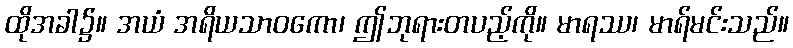
ထိုအခါ၌။ အယံ အရိယသာဝကော၊ ဤဘုရားတပည့်ကို။ မာရဿ၊ မာရ်မင်းသည်။